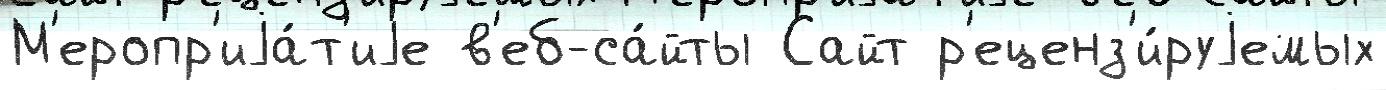
М'еропр'иjа́т'иjе в'еб-са́йты Сайт р'еценз'и́руjемых